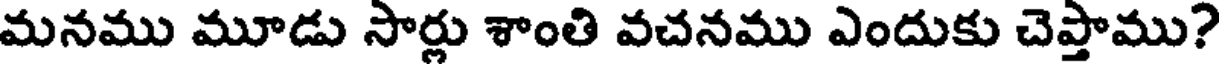
మనము మూడు సార్లు శాంతి వచనము ఎందుకు చెప్తాము?